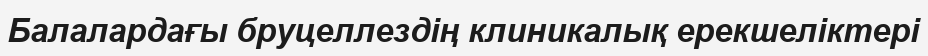
Балалардағы бруцеллездің клиникалық ерекшеліктері